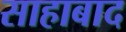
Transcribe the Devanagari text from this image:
साहाबाद